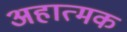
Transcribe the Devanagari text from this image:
अहात्मक